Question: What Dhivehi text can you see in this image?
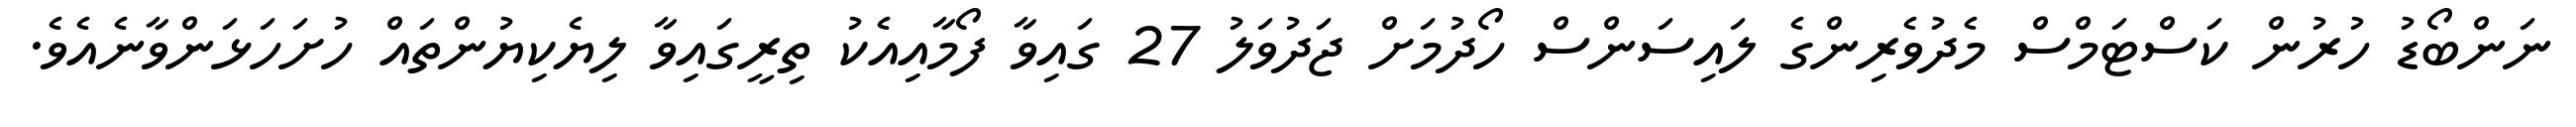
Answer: ނަންބޯޑު ހުރުން ކަސްޓަމްސް މެދުވެރިންގެ ލައިސަންސް ހޯދުމަށް ޖަދުވަލު 27 ގައިވާ ފޯމާއިއެކު ތިރީގައިވާ ލިޔެކިޔުންތައް ހުށަހަޅަންވާނެއެވެ.